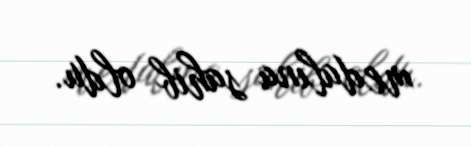
medalına sahib oldu.